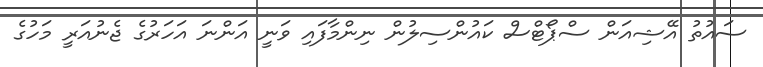
ސައުތު އޭޝިއަން ސްޕޯޓްސް ކައުންސިލުން ނިންމާފައި ވަނީ އަންނަ އަހަރުގެ ޖެނުއަރީ މަހުގެ